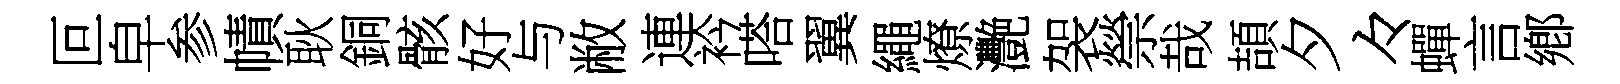
叵皁参幘耿銅骸好与敝連衿嗒翼繩燎灧袈禜哉頡夕々蟬言鄕